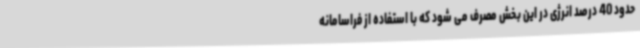
حدود 40 درصد انرژی در این بخش مصرف می شود که با استفاده از فراسامانه